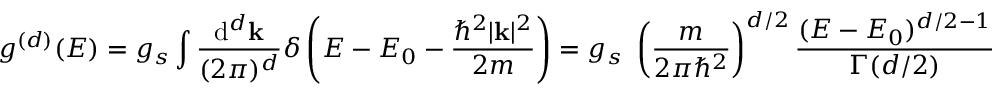
g ^ { ( d ) } ( E ) = g _ { s } \int { \frac { \mathrm { d } ^ { d } \mathbf { k } } { ( 2 \pi ) ^ { d } } } \delta \left( E - E _ { 0 } - { \frac { \hbar ^ { 2 } | \mathbf { k } | ^ { 2 } } { 2 m } } \right) = g _ { s } \ \left( { \frac { m } { 2 \pi \hbar ^ { 2 } } } \right) ^ { d / 2 } { \frac { ( E - E _ { 0 } ) ^ { d / 2 - 1 } } { \Gamma ( d / 2 ) } }